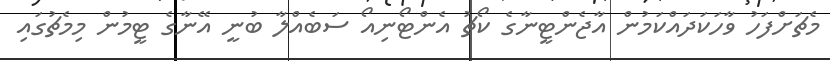
މެޗަށްފަހު ވާހަކަދައްކަމުން އާޖެންޓީނާގެ ކޯޗު އެންޓޯނިއޯ ސަބެއްލާ ބުނީ އޭނާގެ ޓީމުން މިމެޗުގައި